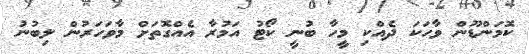
ކޮމަންޑޫން ވާހަކަ ދެއްކި މީހާ ބުނީ ކޯޓު އަމުރާ އެއްގޮތަށް މާވަހަރުން ލިބުނު